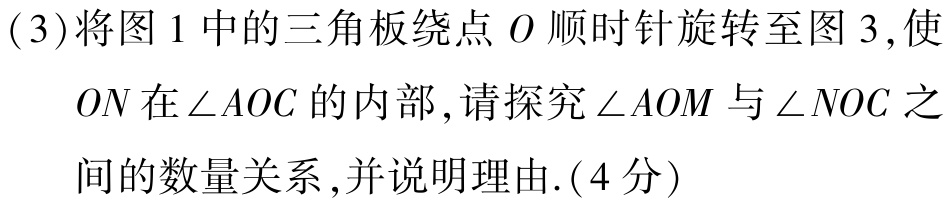
(3)将图1中的三角板绕点\(O\)顺时针旋转至图3,使\(ON\)在\(\angle AOC\)的内部,请探究\(\angle AOM\)与\(\angle NOC\)之间的数量关系,并说明理由.(4分)